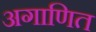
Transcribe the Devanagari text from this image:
अगाणित